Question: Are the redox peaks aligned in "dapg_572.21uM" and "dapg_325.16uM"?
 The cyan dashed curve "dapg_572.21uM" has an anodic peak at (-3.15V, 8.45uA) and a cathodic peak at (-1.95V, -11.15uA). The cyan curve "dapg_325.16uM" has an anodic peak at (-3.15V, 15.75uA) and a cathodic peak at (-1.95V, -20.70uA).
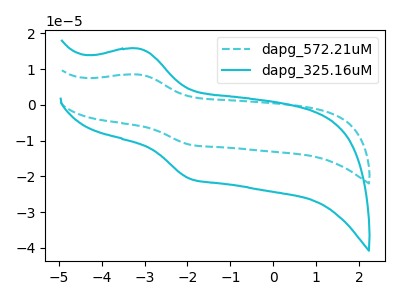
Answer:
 <answer>Yes, "dapg_572.21uM" have a peak in "dapg_325.16uM" at the same potential.</answer>
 <eval>match</eval>